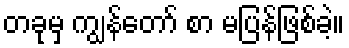
တခုမှ ကျွန်တော် စာ မပြန်ဖြစ်ခဲ့။